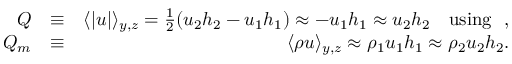
\begin{array} { r l r } { Q } & { \equiv } & { \langle | u | \rangle _ { y , z } = \frac { 1 } { 2 } ( u _ { 2 } h _ { 2 } - u _ { 1 } h _ { 1 } ) \approx - u _ { 1 } h _ { 1 } \approx u _ { 2 } h _ { 2 } \quad \mathrm { u s i n g } \ \ , } \\ { Q _ { m } } & { \equiv } & { \langle \rho u \rangle _ { y , z } \approx \rho _ { 1 } u _ { 1 } h _ { 1 } \approx \rho _ { 2 } u _ { 2 } h _ { 2 } . } \end{array}